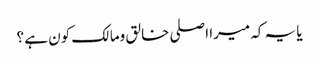
یا یہ کہ میرا اصلی خالق ومالک کون ہے ؟